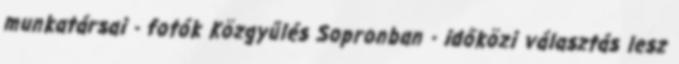
munkatársai - fotók Közgyűlés Sopronban - időközi választás lesz